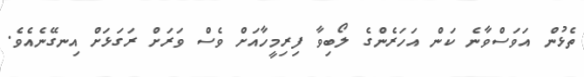
ތެޅުން އަވަސްވާނެ ކަން އަހަރެންގެ ލޯބިވާ ފިރިމީހާއަށް ވެސް ވަރަށް ރަގަޅަށް އިނގޭނެއެވެ.